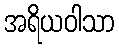
အရိယဝါသာ